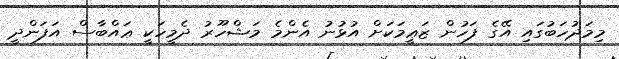
މިމަޛުހަބުގައި އޭގެ ފަހުން ޒަޢީމަކަށް އުޅުނު އެންމެ މަޝްހޫރު ދެމީހަކީ ޢައްބާސް އަފަންދީ